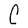
Character: C